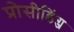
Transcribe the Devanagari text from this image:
प्रोसीडिंग्ज